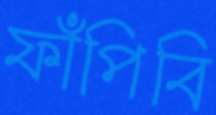
ফাঁপিবি